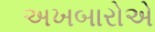
અખબારોએ